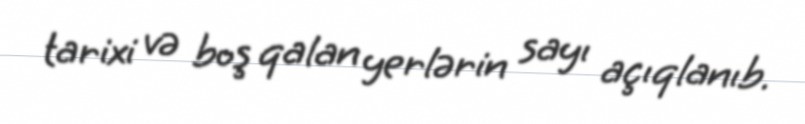
tarixi və boş qalan yerlərin sayı açıqlanıb.